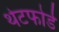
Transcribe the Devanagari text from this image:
थेटफोर्ड